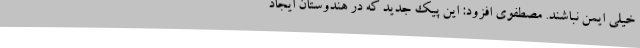
خیلی ایمن نباشند. مصطفوی افزود: این پیک جدید که در هندوستان ایجاد